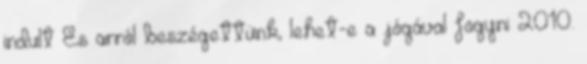
indult És arról beszégettünk, lehet-e a jógával fogyni 2010.